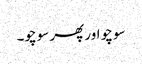
سوچو اور پھر سوچو۔